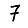
Digit: 7